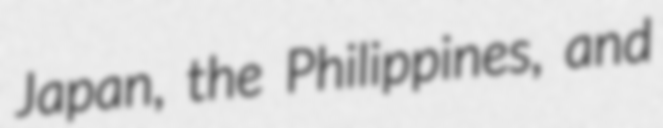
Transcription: Japan, the Philippines, and